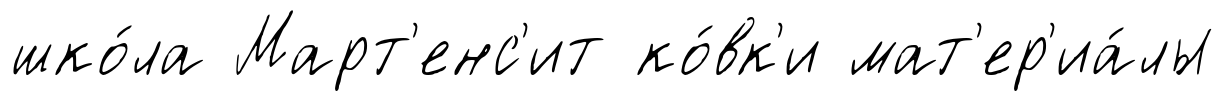
шко́ла Март'енс'ит ко́вк'и мат'ер'иа́лы